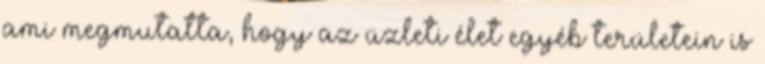
ami megmutatta, hogy az üzleti élet egyéb területein is